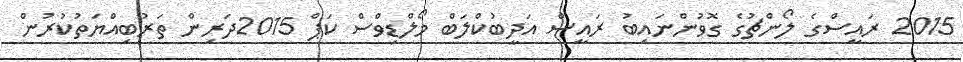
2015 ރައީސްގެ ލޯންޗުގެ ގޮވުންނައިބު ރައީސް އަދީބުކްލަބް މޯލްޑިވްސް ކަޕް 2015ދަރިން ތަރުބިއްޔަތުކުރުން